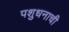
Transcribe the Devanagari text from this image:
पशुधनाची